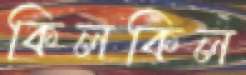
কিলকিল